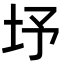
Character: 㘧